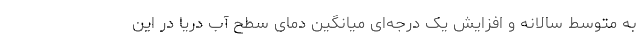
به متوسط سالانه و افزایش یک درجه‌ای میانگین دمای سطح آب دریا در این